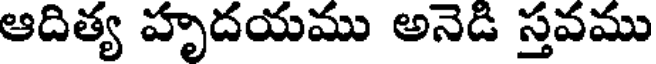
ఆదిత్య హృదయము అనెడి స్తవము